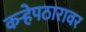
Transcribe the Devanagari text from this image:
कऱ्हेपठारावर